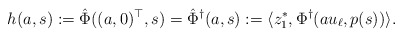
\begin{align*} h(a,s) := \hat \Phi((a,0)^\top,s) = \hat \Phi^\dagger(a,s) := \langle z_1^*, \Phi^\dagger(au_\ell, p(s))\rangle.\end{align*}